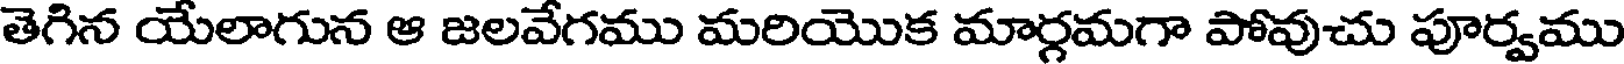
తెగిన యేలాగున ఆ జలవేగము మరియొక మార్గమగా పోవుచు పూర్వము